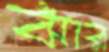
ঝাঁর